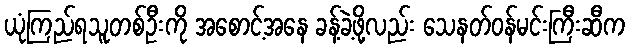
ယုံကြည်ရသူတစ်ဦးကို အစောင့်အနေ ခန့်ခဲ့ဖို့လည်း သေနတ်ဝန်မင်းကြီးဆီက